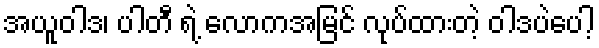
အယူဝါဒ၊ ပါတီ ရဲ့ လောကအမြင် လုပ်ထားတဲ့ ဝါဒပဲပေါ့